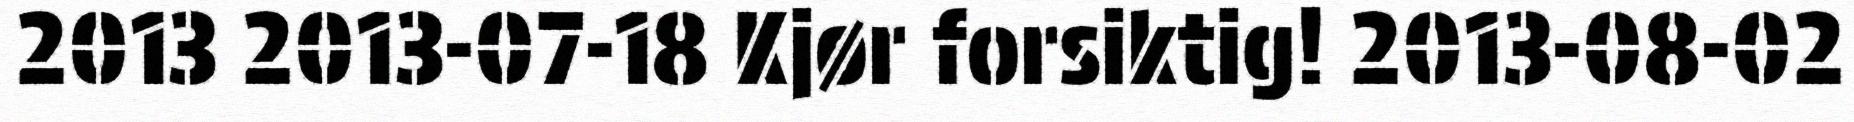
2013 2013-07-18 Kjør forsiktig! 2013-08-02